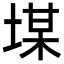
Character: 𡎡